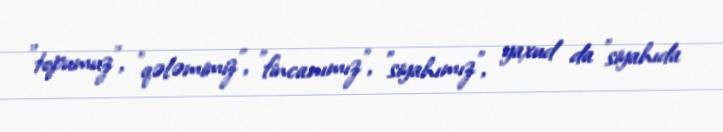
"topumuz", "qələmimiz", "fincanımız", "siyahımız", yaxud da "siyahıda